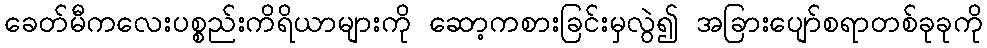
ခေတ်မီကလေးပစ္စည်းကိရိယာများကို ဆော့ကစားခြင်းမှလွဲ၍ အခြားပျော်စရာတစ်ခုခုကို